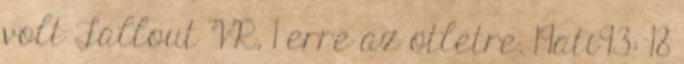
volt Fallout VR, 1 erre az ötletre. 19ati93: 18